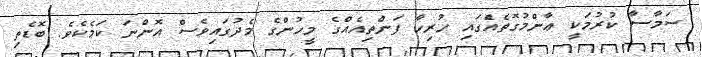
ސަމާސާ ކުރުމަކީ ޢާންމުގޮތެއެްގައި ހުރިހާ ފަންތިއެއްގެ މީހުންގެ މެދުގައިވެސް އޮންނަ ކަމެކެވެ. ބޮޑެތި